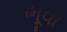
ભૂવા